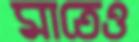
মাতেও